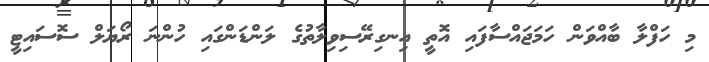
މި ހަފްލާ ބާއްވަން ހަމަޖައްސާފައި އޮތީ އިނގިރޭސިވިލާތުގެ ލަންޑަންގައި ހުންނަ ރޯޔަލް ސޮސައިޓީ